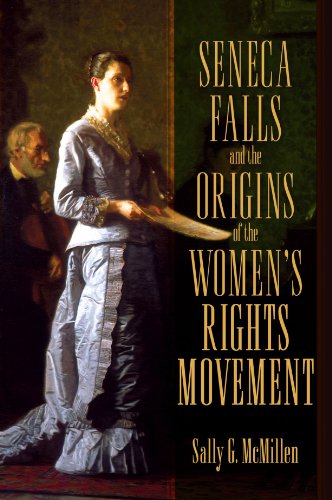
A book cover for Seneca Falls and the Origins of the Women's Rights Movement (Pivotal Moments in American History); Sally McMillen; Gay & Lesbian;